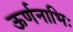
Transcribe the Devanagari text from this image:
ऊर्णनाभिः